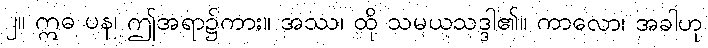
၂။ ဣဓ ပန၊ ဤအရာ၌ကား။ အဿ၊ ထို သမယသဒ္ဒါ၏။ ကာလော၊ အခါဟု